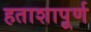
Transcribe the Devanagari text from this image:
हताशापूर्ण